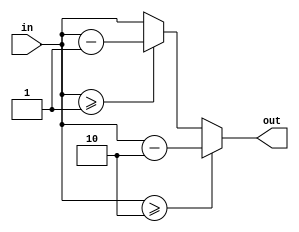
`timescale 1ns / 1ps

module simplemod #(
    parameter BITS = 8,
    parameter MOD = 1
) (
    output reg [BITS-1:0] out,
    input [BITS-1:0] in
    );


wire [BITS-1:0] val;

always @(in) begin
    case(1)
        in >= 2*MOD: out <= in-2*MOD;
        in >= MOD: out <= in-MOD;
        default: out <= in;
    endcase
end

endmodule